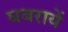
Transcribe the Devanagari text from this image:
घबरायें